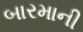
બારમાની